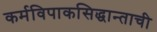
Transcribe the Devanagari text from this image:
कर्मविपाकसिद्धान्ताची